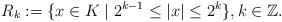
LaTeX: \begin{align*} R_k:=\{x\in K \mid 2^{k-1}\le |x|\le 2^{k}\}, k\in \mathbb{Z}. \end{align*}